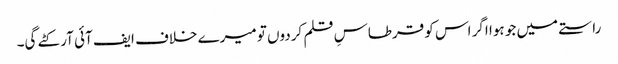
راستے میں جو ہوا اگر اس کو قرطاسِ قلم کردوں تو میرے خلاف ایف آئی آر کٹے گی۔